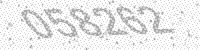
Solution: 058262